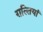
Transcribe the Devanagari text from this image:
ग़ल्तियां